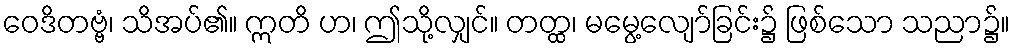
ဝေဒိတဗ္ဗံ၊ သိအပ်၏။ ဣတိ ဟ၊ ဤသို့လျှင်။ တတ္ထ၊ မမွေ့လျော်ခြင်း၌ ဖြစ်သော သညာ၌။